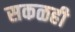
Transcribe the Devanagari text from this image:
सकळही